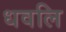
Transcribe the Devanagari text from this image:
धवलि